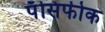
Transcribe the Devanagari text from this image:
पॅसिफीक